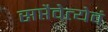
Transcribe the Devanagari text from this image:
सप्तैवेत्येवं